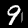
Label: 9